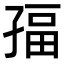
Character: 𭓏